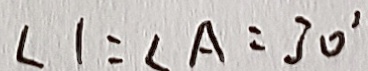
\angle 1 = \angle A = 3 0 ^ { \prime }